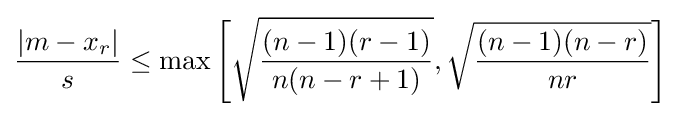
{\frac {|m-x_{r}|}{s}}\leq {\text{max}}\left[{\sqrt {\frac {(n-1)(r-1)}{n(n-r+1)}}},{\sqrt {\frac {(n-1)(n-r)}{nr}}}\right]